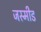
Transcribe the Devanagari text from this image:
जस्मीड